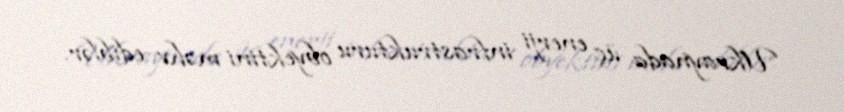
Ukraynada üç enerji infrastrukturu obyektini məhv ediblər.